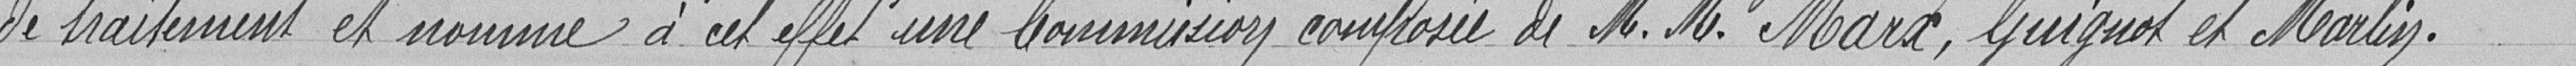
de traitement et nomme à cet effet une Commission composée de Marx, M. Guignot et M. Marlin.